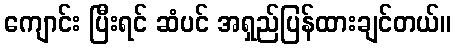
ကျောင်း ပြီးရင် ဆံပင် အရှည်ပြန်ထားချင်တယ်။